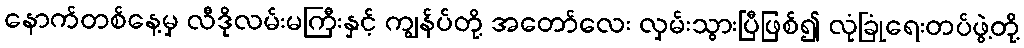
နောက်တစ်နေ့မှ လီဒိုလမ်းမကြီးနှင့် ကျွန်ပ်တို့ အတော်လေး လှမ်းသွားပြီဖြစ်၍ လုံခြုံရေးတပ်ဖွဲ့တို့